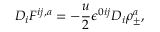
D _ { i } F ^ { i j , a } = - \frac { u } { 2 } \epsilon ^ { 0 i j } D _ { i } \rho _ { \pm } ^ { a } ,